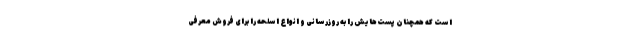
است که همچنان پست‌هایش را به روزرسانی و انواع اسلحه را برای فروش معرفی